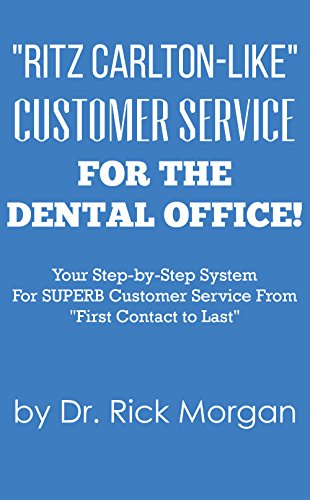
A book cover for "Ritz Carlton-Like" Customer Service for the Dental Office!: Your Step-by-Step System For SUPERB Customer Service From "First Contact to Last"; Rick Morgan; Medical Books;